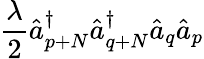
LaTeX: \frac{\lambda}{2}\hat{a}_{p+N}^{\dagger}\hat{a}_{q+N}^{\dagger}\hat{a}_{q}\hat{a}_{p}